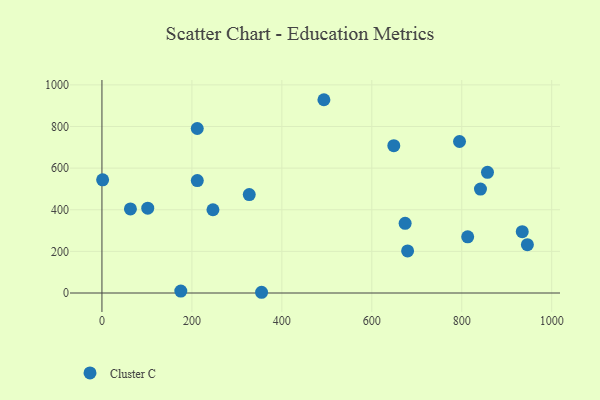
{"axis": {"x": "Investment", "y": "Sales"}, "legend": ["Cluster C"], "data": [{"x": "63.3", "y": 403.8, "type": "Cluster C"}, {"x": "211.9", "y": 790.4, "type": "Cluster C"}, {"x": "648.9", "y": 707.7, "type": "Cluster C"}, {"x": "246.8", "y": 400.0, "type": "Cluster C"}, {"x": "1.5", "y": 543.9, "type": "Cluster C"}, {"x": "493.5", "y": 928.6, "type": "Cluster C"}, {"x": "841.6", "y": 499.2, "type": "Cluster C"}, {"x": "212.0", "y": 540.0, "type": "Cluster C"}, {"x": "674.1", "y": 334.7, "type": "Cluster C"}, {"x": "795.0", "y": 727.9, "type": "Cluster C"}, {"x": "945.9", "y": 232.4, "type": "Cluster C"}, {"x": "101.8", "y": 407.7, "type": "Cluster C"}, {"x": "327.5", "y": 473.0, "type": "Cluster C"}, {"x": "175.3", "y": 9.3, "type": "Cluster C"}, {"x": "679.6", "y": 202.0, "type": "Cluster C"}, {"x": "813.2", "y": 269.9, "type": "Cluster C"}, {"x": "354.9", "y": 3.5, "type": "Cluster C"}, {"x": "934.5", "y": 294.6, "type": "Cluster C"}, {"x": "857.2", "y": 579.8, "type": "Cluster C"}]}